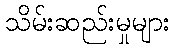
သိမ်းဆည်းမှုများ